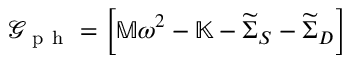
\mathcal { G } _ { \mathrm { ~ p ~ h ~ } } = \left[ { \mathbb M } \omega ^ { 2 } - { \mathbb K } - \widetilde { \Sigma } _ { S } - \widetilde { \Sigma } _ { D } \right]